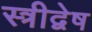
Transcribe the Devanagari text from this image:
स्त्रीद्वेष